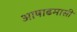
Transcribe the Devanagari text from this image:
आषाढमासी